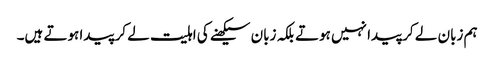
ہم زبان لے کر پیدا نہیں ہوتے بلکہ زبان سیکھنے کی اہلیت لے کر پیدا ہوتے ہیں۔